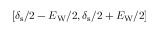
[ \delta _ { \mathrm { s } } / 2 - E _ { \mathrm { W } } / 2 , \delta _ { \mathrm { s } } / 2 + E _ { \mathrm { W } } / 2 ]